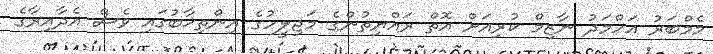
މެމްބަރު އަހްމަދު ނާޒިމް ކުރިއަށް އޮތް ރައްޔިތުންގެ މަޖިލީހުގެ އިންތިޚާބުގައި ވެސް އެދާއިރާގެ